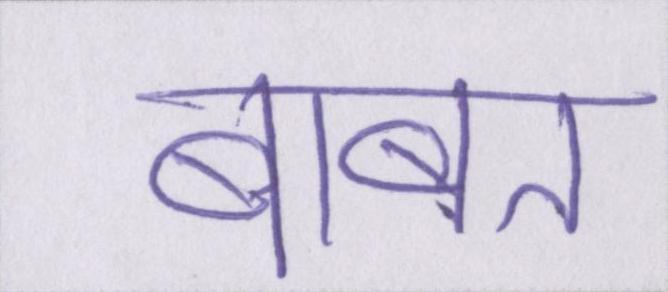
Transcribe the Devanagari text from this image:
बाबत